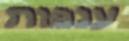
ענפות